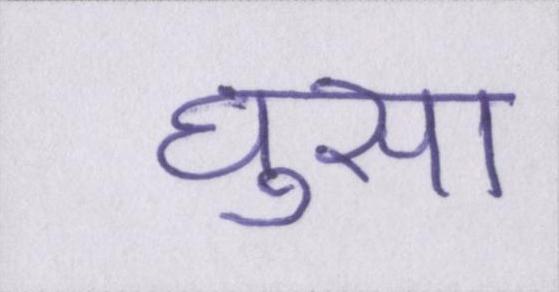
घुसा